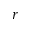
r